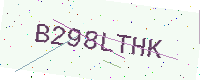
Text: B298LTHK